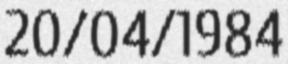
20/04/1984